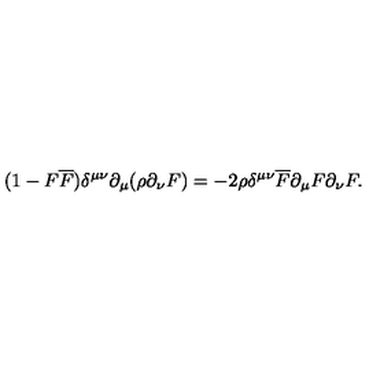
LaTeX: ( 1 - F \overline { { F } } ) \delta ^ { \mu \nu } \partial _ { \mu } ( \rho \partial _ { \nu } F ) = - 2 \rho \delta ^ { \mu \nu } \overline { { F } } \partial _ { \mu } F \partial _ { \nu } F .